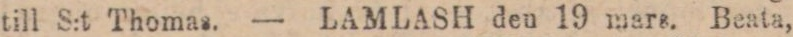
till S:t Thomas. — LAMLASH den 19 mars. Beata,